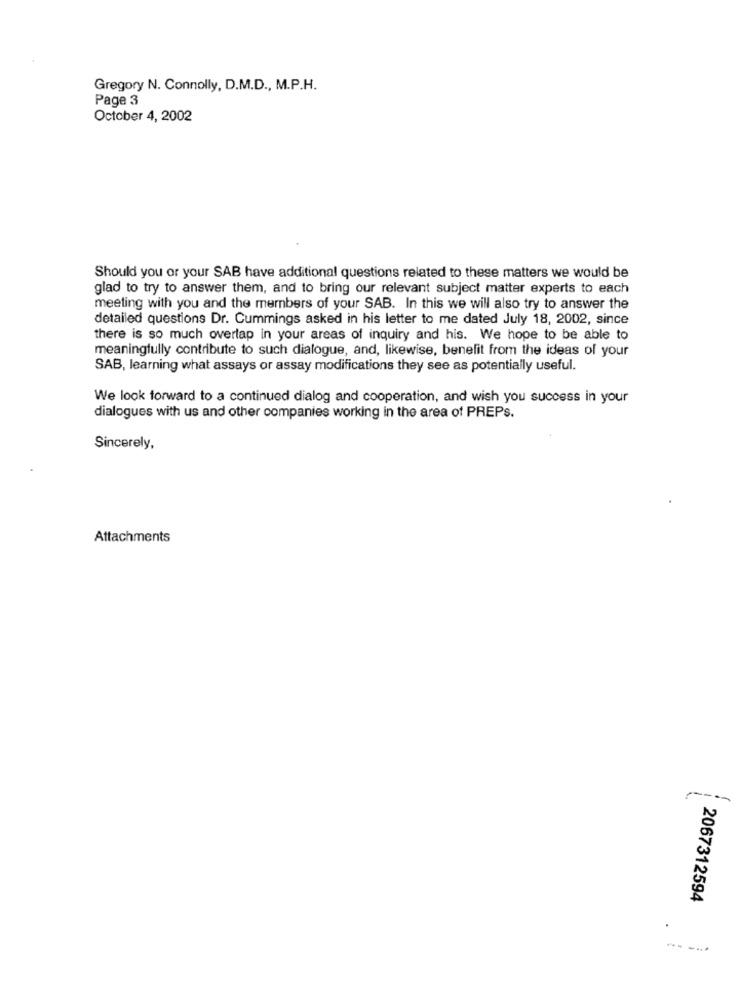
Gregory N. Connolly, D.M.D ., M.P.H.
Page 3
October 4, 2002
Should you or your SAB have additional questions related to these matters we would be
glad to try to answer them, and to bring our relevant subject matter experts to each
meeting with you and the members of your SAB. In this we will also try to answer the
detailed questions Dr. Cummings asked in his letter to me dated July 18, 2002, since
there is so much overlap in your areas of inquiry and his. We hope to be able to
meaningfully contribute to such dialogue, and, likewise, benefit from the ideas of your
SAB, learning what assays or assay modifications they see as potentially useful.
We look forward to a continued dialog and cooperation, and wish you success in your
dialogues with us and other companies working in the area of PREPs.
Sincerely,
Attachments
---
2067312594
-----